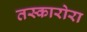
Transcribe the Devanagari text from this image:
तस्कारोरा